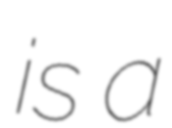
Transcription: is a